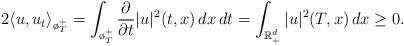
LaTeX: \begin{align*}2\langle u, u_t\rangle_{\o_T^+}=\int_{\o_T^+}\frac{\partial}{\partial t}|u|^2(t,x)\,dx\,dt =\int_{\mathbb{R}^d_+}|u|^2(T,x) \,dx\ge 0.\end{align*}